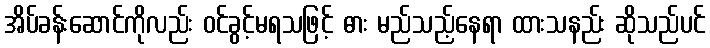
အိပ်ခန်းဆောင်ကိုလည်း ဝင်ခွင့်မရသဖြင့် ဓား မည်သည့်နေရာ ထားသနည်း ဆိုသည်ပင်